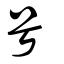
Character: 号